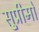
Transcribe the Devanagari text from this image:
सु्प्रीमो